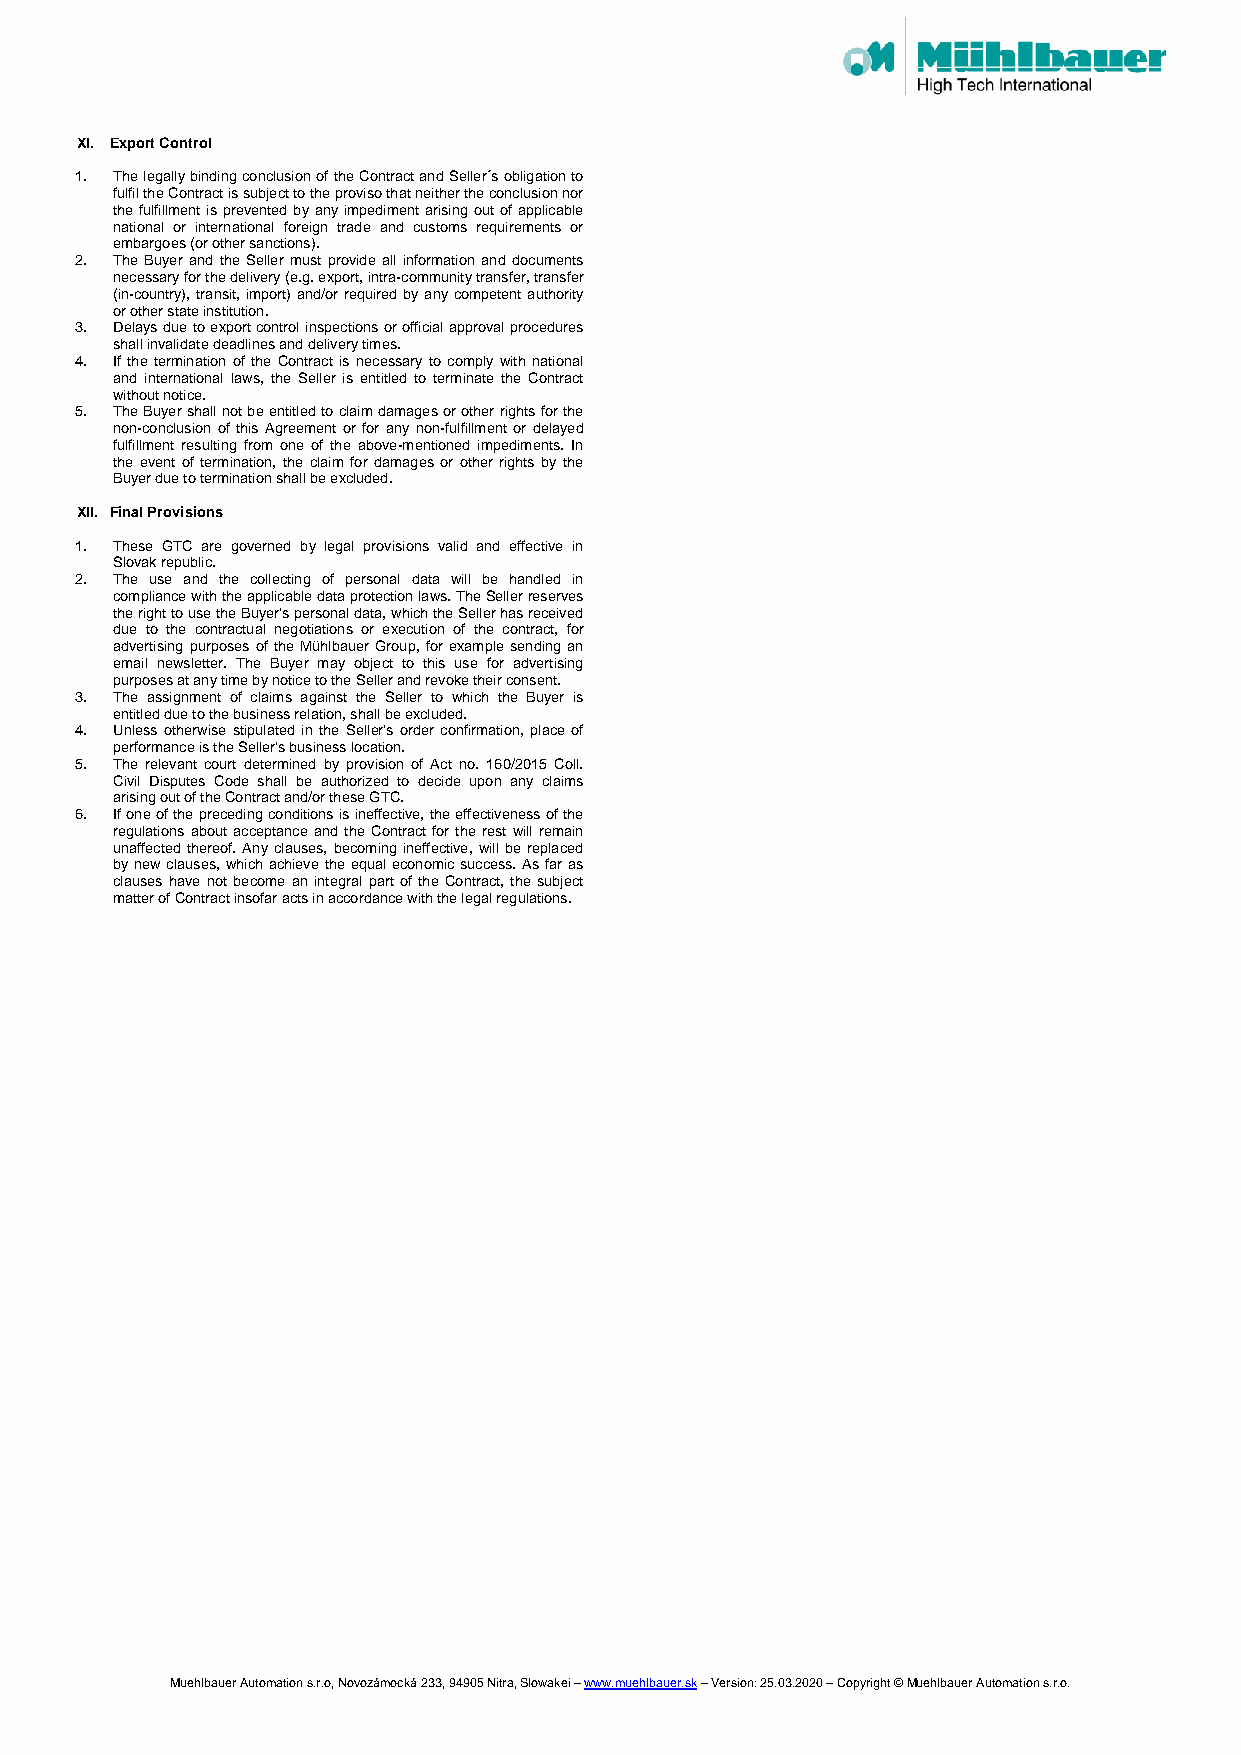
XI. Export Control
 1. The legally binding conclusion of the Contract and Seller´s obligation to
 fulfil the Contract is subject to the proviso that neither the conclusion nor
 the fulfillment is prevented by any impediment arising out of applicable
 national or international foreign trade and customs requirements or
 embargoes (or other sanctions).
 2. The Buyer and the Seller must provide all information and documents
 necessary for the delivery (e.g. export, intra-community transfer, transfer
 (in-country), transit, import) and/or required by any competent authority
 or other state institution.
 3. Delays due to export control inspections or official approval procedures
 shall invalidate deadlines and delivery times.
 4. If the termination of the Contract is necessary to comply with national
 and international laws, the Seller is entitled to terminate the Contract
 without notice.
 5. The Buyer shall not be entitled to claim damages or other rights for the
 non-conclusion of this Agreement or for any non-fulfillment or delayed
 fulfillment resulting from one of the above-mentioned impediments. In
 the event of termination, the claim for damages or other rights by the
 Buyer due to termination shall be excluded.
 XII. Final Provisions
 1. These GTC are governed by legal provisions valid and effective in
 Slovak republic.
 2. The use and the collecting of personal data will be handled in
 compliance with the applicable data protection laws. The Seller reserves
 the right to use the Buyer's personal data, which the Seller has received
 due to the contractual negotiations or execution of the contract, for
 advertising purposes of the Mühlbauer Group, for example sending an
 email newsletter. The Buyer may object to this use for advertising
 purposes at any time by notice to the Seller and revoke their consent.
 3. The assignment of claims against the Seller to which the Buyer is
 entitled due to the business relation, shall be excluded.
 4. Unless otherwise stipulated in the Seller's order confirmation, place of
 performance is the Seller's business location.
 5. The relevant court determined by provision of Act no. 160/2015 Coll.
 Civil Disputes Code shall be authorized to decide upon any claims
 arising out of the Contract and/or these GTC.
 6. If one of the preceding conditions is ineffective, the effectiveness of the
 regulations about acceptance and the Contract for the rest will remain
 unaffected thereof. Any clauses, becoming ineffective, will be replaced
 by new clauses, which achieve the equal economic success. As far as
 clauses have not become an integral part of the Contract, the subject
 matter of Contract insofar acts in accordance with the legal regulations.
 Muehlbauer Automation s.r.o, Novozámocká 233, 94905 Nitra, Slowakei – www.muehlbauer.sk – Version: 25.03.2020 – Copyright © Muehlbauer Automation s.r.o.